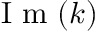
\mathrm { ~ I ~ m ~ } ( k )